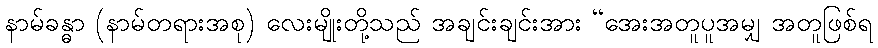
နာမ်ခန္ဓာ (နာမ်တရားအစု) လေးမျိုးတို့သည် အချင်းချင်းအား “အေးအတူပူအမျှ အတူဖြစ်ရ